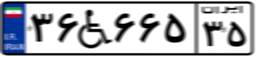
۳۶W۶۶۵۳۵